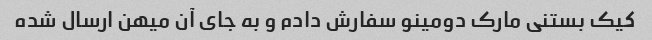
کیک بستنی مارک دومینو سفارش دادم و به جای آن میهن ارسال شده